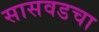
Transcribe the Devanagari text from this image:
सासवडचा